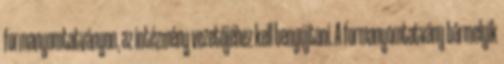
formanyomtatványon, az intézmény vezetőjéhez kell benyújtani. A formanyomtatvány bármelyik